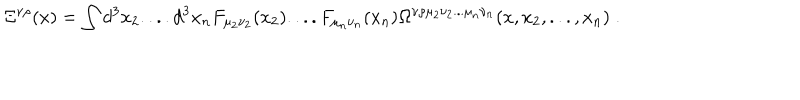
\Xi ^ { \nu \rho } ( x ) = \int d ^ { 3 } x _ { 2 } . . . . d ^ { 3 } x _ { n } F _ { \mu _ { 2 } \nu _ { 2 } } ( x _ { 2 } ) . . . . F _ { \mu _ { n } \nu _ { n } } ( x _ { n } ) \Omega ^ { \nu \rho \mu _ { 2 } \nu _ { 2 } . . . \mu _ { n } \nu _ { n } } ( x , x _ { 2 } , . . . , x _ { n } ) \; .